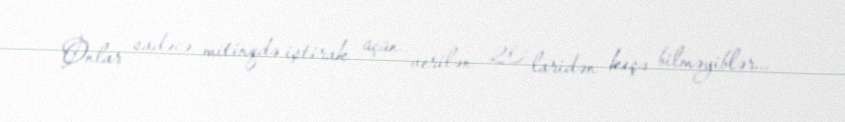
Onlar sadəcə, mitinqdə iştirak üçün verilən 20 laridən keçə bilməyiblər...